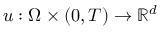
u : \Omega \times ( 0 , T ) \rightarrow \ensuremath { \mathbb { R } } ^ { d }